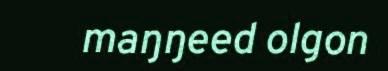
maŋŋeed olgon